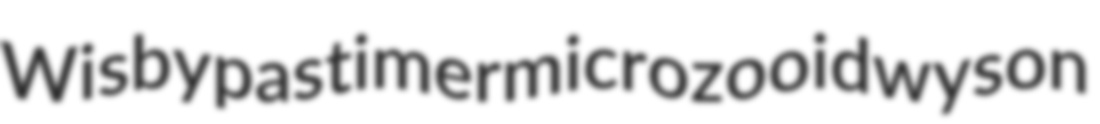
Wisby pastimer microzooid wyson